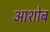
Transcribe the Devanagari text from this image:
आशोब